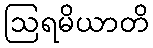
ဩရမိယာတိ